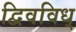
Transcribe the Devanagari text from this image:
द्विवविध्